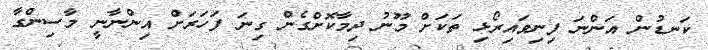
ކަނޑުން އަންނަ ފިނިވައިރޯޅި ތަކަށް މޫނު ދިމާކޮށްގެން ގިނަ ފަހަރަށް އިންނާނީ މާސިންގާ